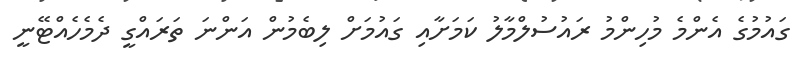
ގައުމުގެ އެންމެ މުހިންމު ރައުސުލްމާލު ކަމަށާއި ގައުމަށް ލިބެމުން އަންނަ ތަރައްގީ ދެމެހެއްޓޭނީ